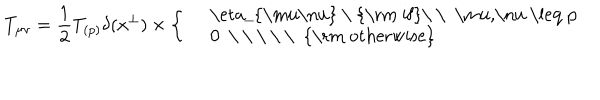
T _ { \mu \nu } = { \frac { 1 } { 2 } } T _ { ( p ) } \delta ( x ^ { \perp } ) \times \left\{ \left\{ \begin{cases} { { } } & { { \eta _ { \mu \nu } \ \mathrm { i f } \ \ \mu , \nu \leq p } } \\ { { } } & { { 0 \ \mathrm { o t h e r w i s e } } } \\ \end{cases} \right. \right.